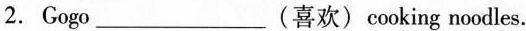
2.Gogo___(喜欢)cooking noodles.